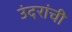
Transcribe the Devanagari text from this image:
उंदरांची